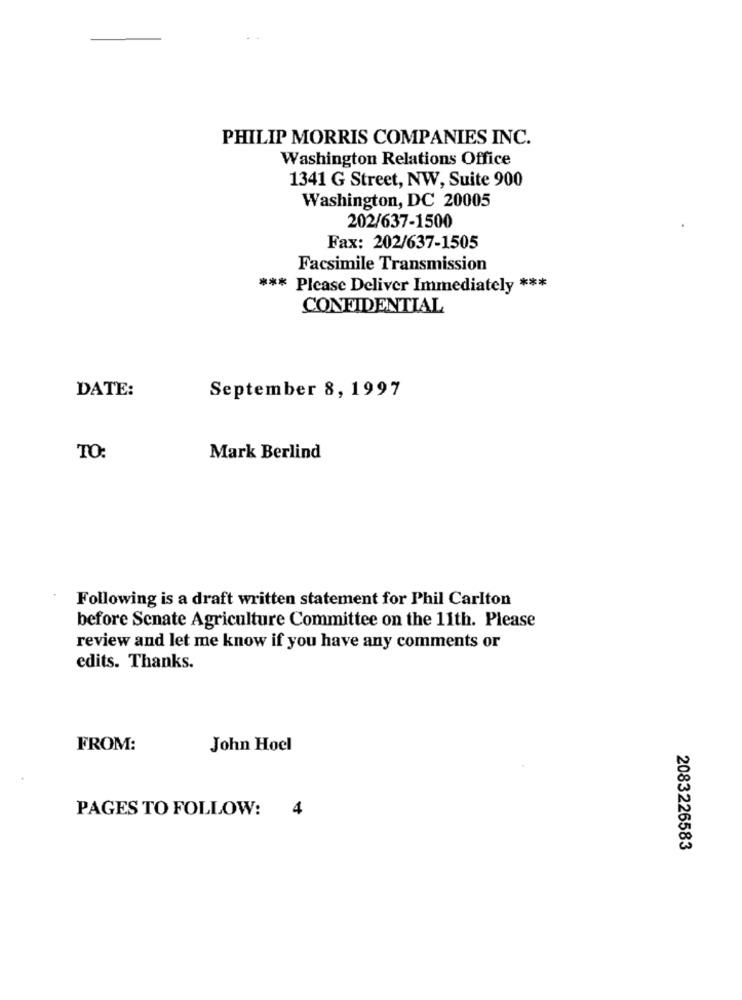
PHILIP MORRIS COMPANIES INC.
Washington Relations Office
1341 G Street, NW, Suite 900
Washington, DC 20005
202/637-1500
Fax: 202/637-1505
Facsimile Transmission
*** Please Deliver Immediately ***
CONFIDENTIAL
DATE:
September 8, 1997
TO:
Mark Berlind
Following is a draft written statement for Phil Carlton
before Senate Agriculture Committee on the 11th. Please
review and let me know if you have any comments or
edits. Thanks.
FROM:
John Hoel
PAGES TO FOLLOW:
4
2083226583